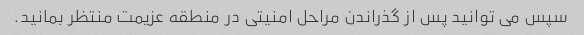
سپس می توانید پس از گذراندن مراحل امنیتی در منطقه عزیمت منتظر بمانید.